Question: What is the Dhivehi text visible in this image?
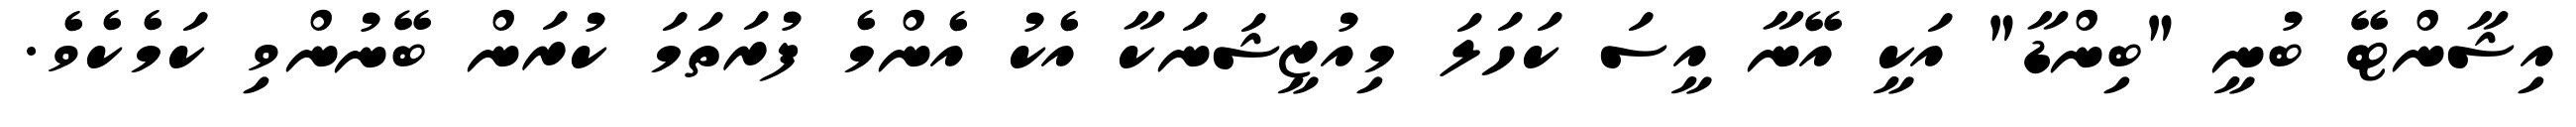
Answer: އިޝާންޓޭ ބުނީ "ބިންޑާ" އަކީ އޭނާ އީސަ ކަހަލަ މިއުޒީޝަނަކާ އެކު އެންމެ ފުރަތަމަ ކުރަން ބޭނުންވި ކަމެކެވެ.